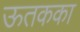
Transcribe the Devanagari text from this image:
ऊतकका